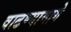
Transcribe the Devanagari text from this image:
वाढण्यामागे